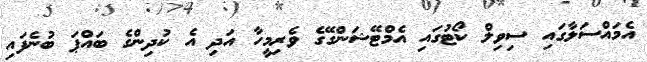
އެމައްސަލާގައި ސިވިލް ކޯޓުގައި އެމްޓޭޝަންގޭގެ ވެރިމީހާ އަދި އެ ކުދިންގެ ބައްޕަ ބުނެފައި